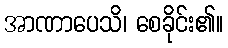
အာဏာပေသိ၊ စေခိုင်း၏။